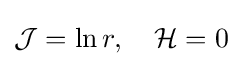
{\mathcal {J}}=\ln r,\quad {\mathcal {H}}=0